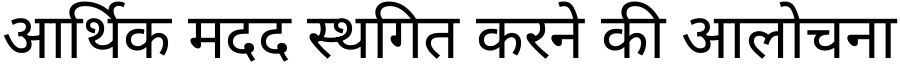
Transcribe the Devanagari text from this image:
आर्थिक मदद स्थगित करने की आलोचना